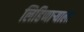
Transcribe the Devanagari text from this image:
लिहिणाऱ्याला